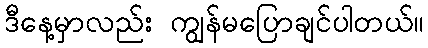
ဒီနေ့မှာလည်း ကျွန်မပြောချင်ပါတယ်။